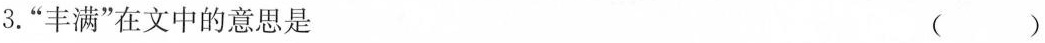
3.”丰满”在文中的意思是 ()